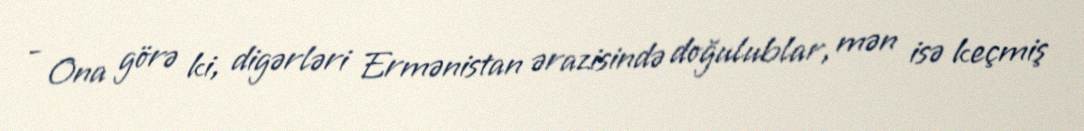
- Ona görə ki, digərləri Ermənistan ərazisində doğulublar, mən isə keçmiş